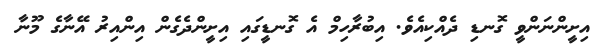
އިށީންނަންވީ ގޮނޑި ދެއްކިއެވެ. އިބުރާހިމް އެ ގޮނޑީގައި އިށީންދެގެން އިންއިރު އޭނާގެ މޫނާ